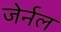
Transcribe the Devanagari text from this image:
जेर्नल